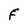
Character: F